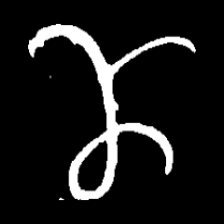
Pyu character \u2014 Myanmar letter: ဏ (romanized: nna)